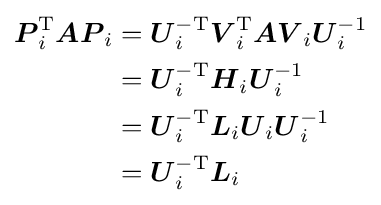
{\begin{aligned}{\boldsymbol {P}}_{i}^{\mathrm {T} }{\boldsymbol {AP}}_{i}&={\boldsymbol {U}}_{i}^{-\mathrm {T} }{\boldsymbol {V}}_{i}^{\mathrm {T} }{\boldsymbol {AV}}_{i}{\boldsymbol {U}}_{i}^{-1}\\&={\boldsymbol {U}}_{i}^{-\mathrm {T} }{\boldsymbol {H}}_{i}{\boldsymbol {U}}_{i}^{-1}\\&={\boldsymbol {U}}_{i}^{-\mathrm {T} }{\boldsymbol {L}}_{i}{\boldsymbol {U}}_{i}{\boldsymbol {U}}_{i}^{-1}\\&={\boldsymbol {U}}_{i}^{-\mathrm {T} }{\boldsymbol {L}}_{i}\end{aligned}}